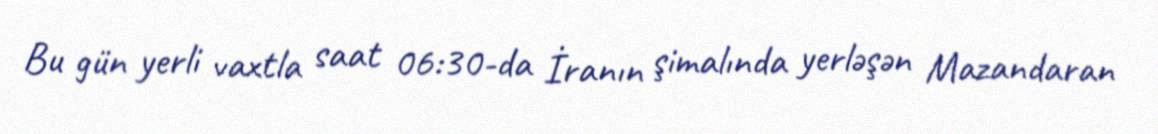
Bu gün yerli vaxtla saat 06:30-da İranın şimalında yerləşən Mazandaran